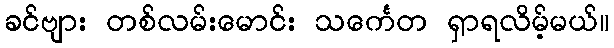
ခင်ဗျား တစ်လမ်းမောင်း သင်္ကေတ ရှာရလိမ့်မယ်။